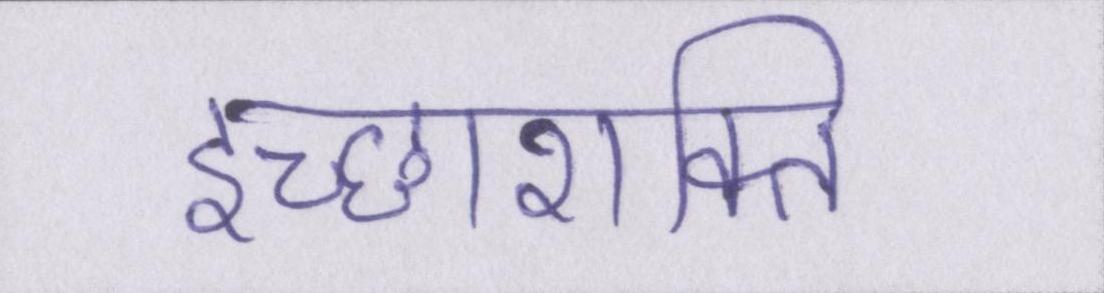
इच्छाशक्ति